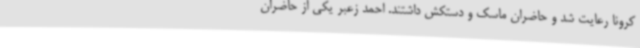
کرونا رعایت شد و حاضران ماسک و دستکش داشتند. احمد زعبر یکی از حاضران